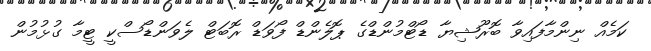
ކަމެއް ނިންމާފައިވާ ބޮރޫޝިޔާ ޑޯޓްމުންޑްގެ ޕޮލެންޑް ފޯވަޑް ރޮބަޓް ލެވަންޑޯސްކީ ޓީމާ ގުޅުމުން